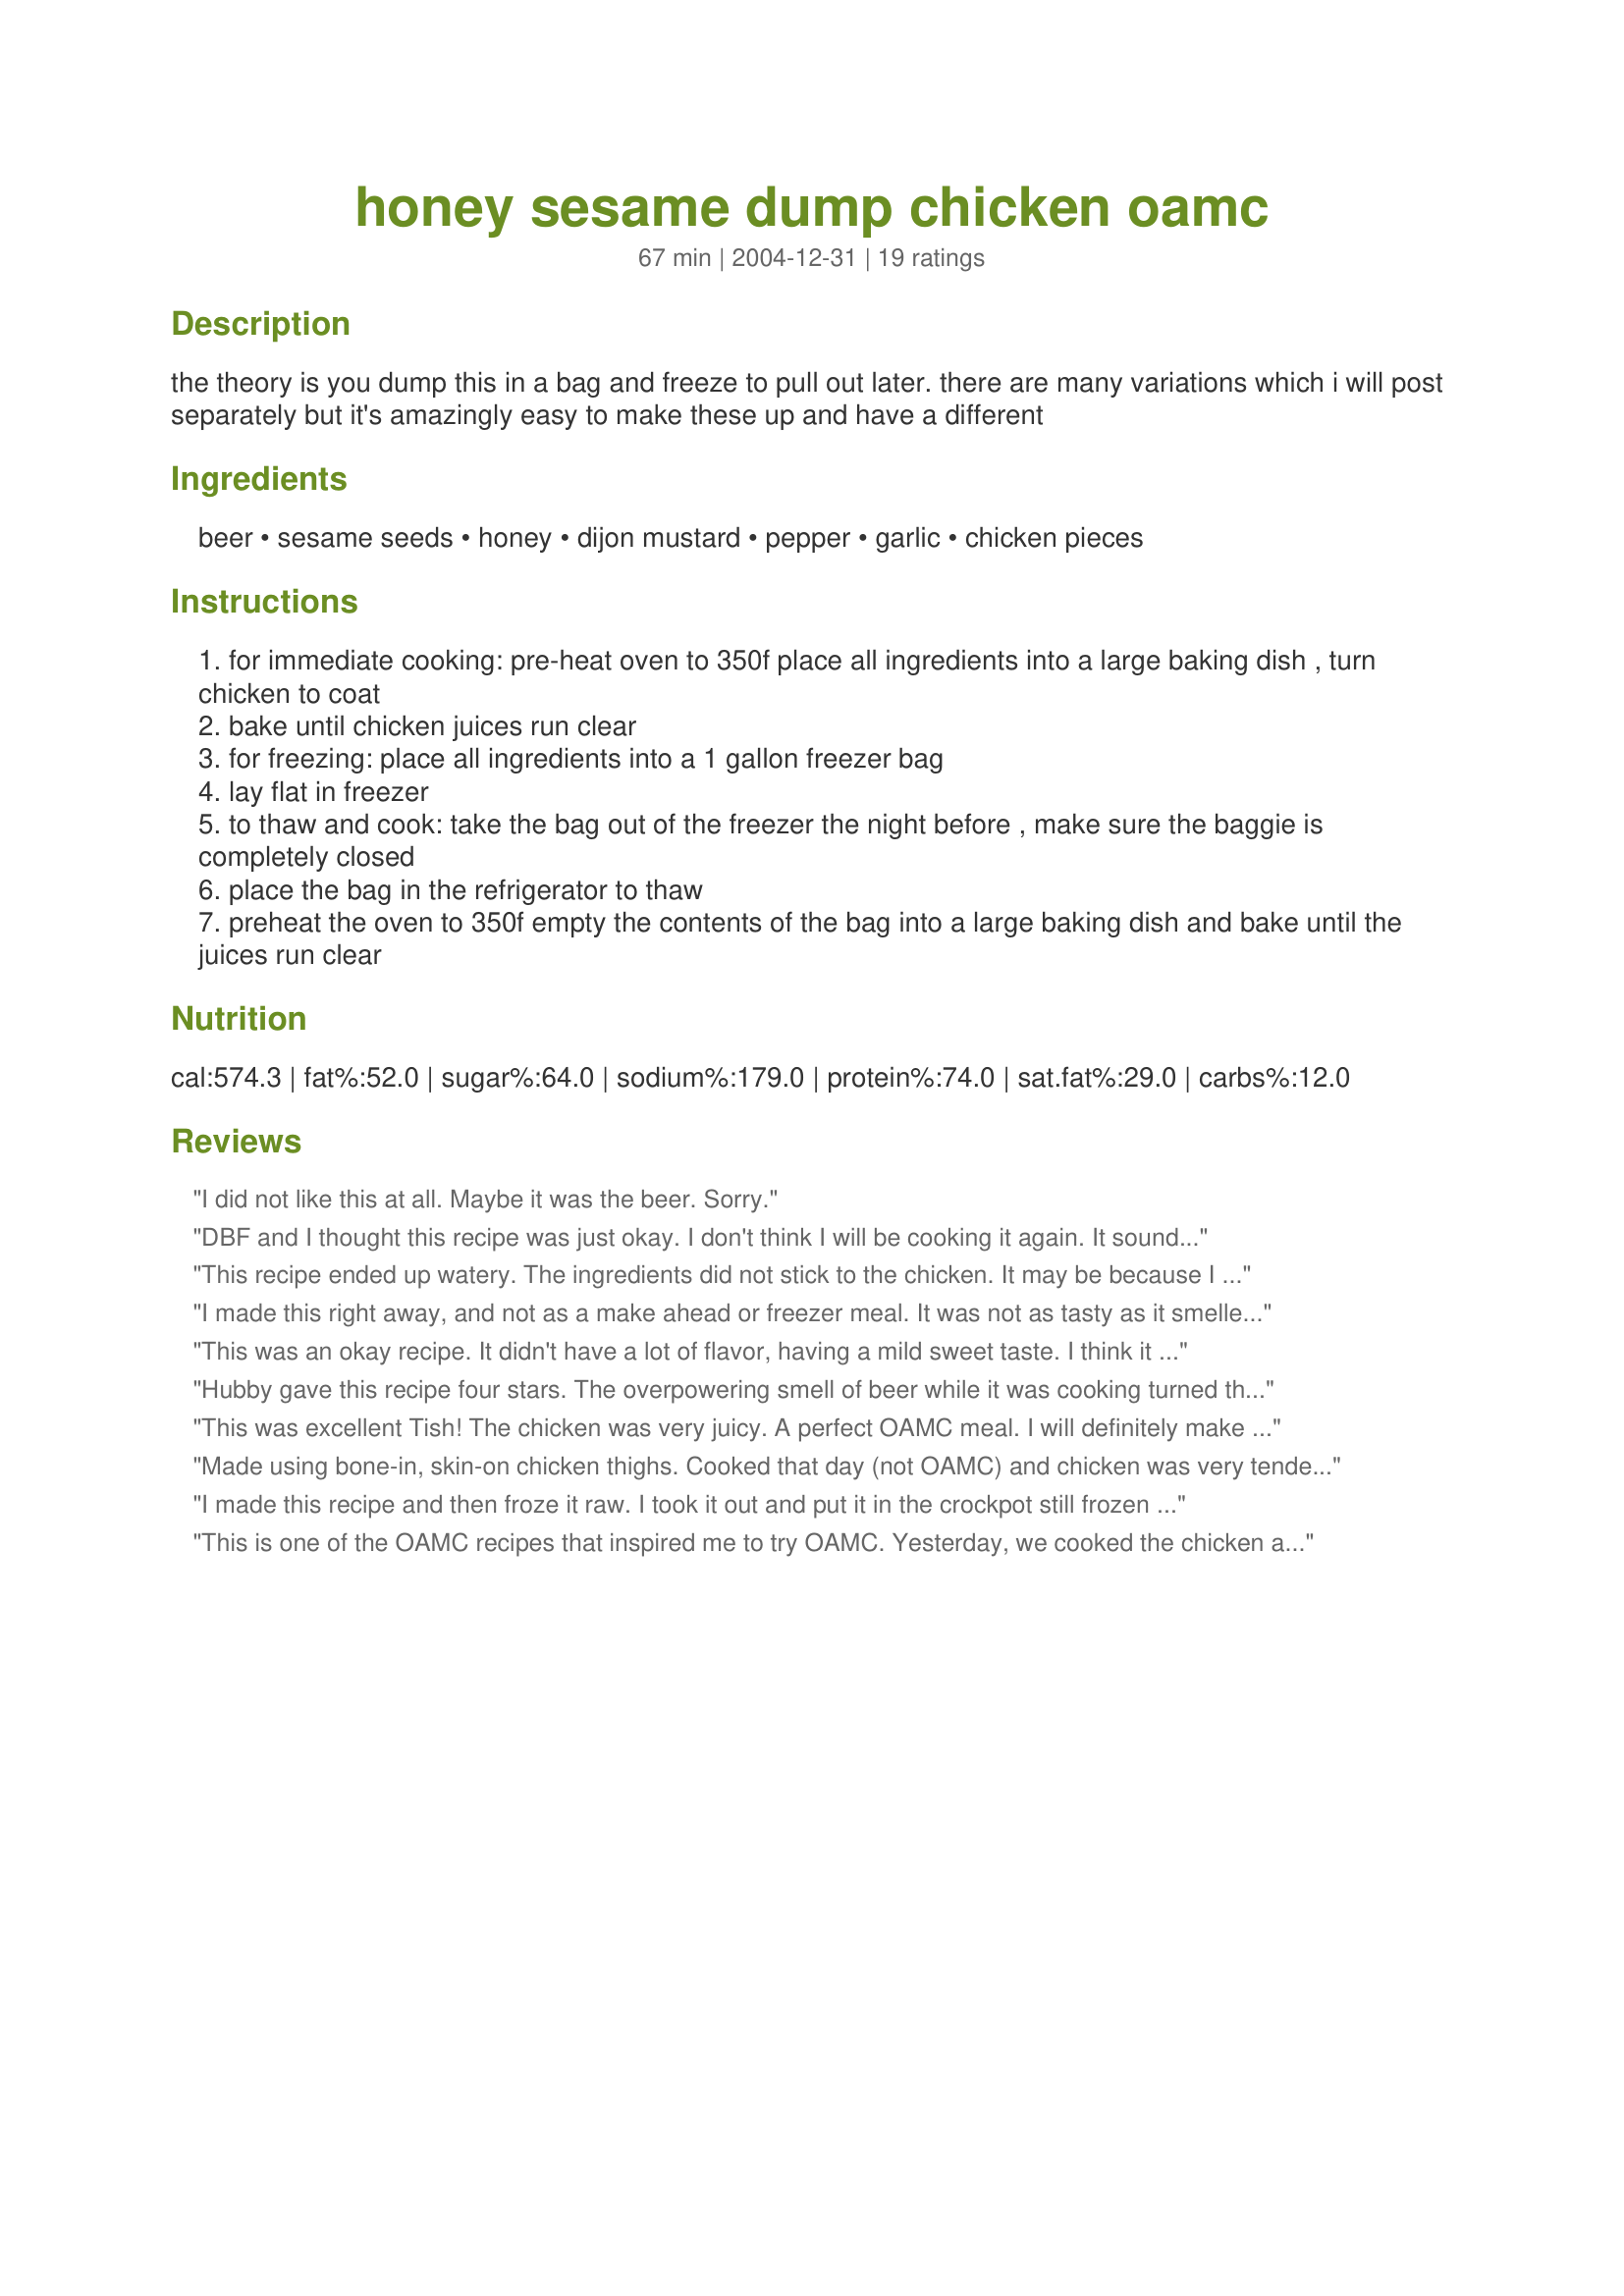
honey sesame dump chicken oamc
Preparation time: 67 minutes

the theory is you dump this in a bag and freeze to pull out later. there are many variations which i will post separately but it's amazingly easy to make these up and have a different

Ingredients:
beer, sesame seeds, honey, dijon mustard, pepper, garlic, chicken pieces

Steps:
for immediate cooking: pre-heat oven to 350f place all ingredients into a large baking dish , turn chicken to coat
bake until chicken juices run clear
for freezing: place all ingredients into a 1 gallon freezer bag
lay flat in freezer
to thaw and cook: take the bag out of the freezer the night before , make sure the baggie is completely closed
place the bag in the refrigerator to thaw
preheat the oven to 350f empty the contents of the bag into a large baking dish and bake until the juices run clear

Reviews:
I did not like this at all. Maybe it was the beer. Sorry.
DBF and I thought this recipe was just okay. I don't think I will be cooking it again. It sounded a lot better on paper than what it really tasted. I used chicken breast tenders and cook time was approximately 20 minutes.
This recipe ended up watery. The ingredients did not stick to the chicken. It may be because I didn't thoroughly pat dry my chicken pieces before adding them. The kids didn't like the flavor, but the adults thought it was ok.
I made this right away, and not as a make ahead or freezer meal. It was not as tasty as it smelled.
I cut up into big chunks.
Easy to make, but not a wow meal.
This was an okay recipe. It didn't have a lot of flavor, having a mild sweet taste. I think it actually would have been better to either marinade the chicken and grill or to drain and then sprinkle with the sesame seeds. It really needs to be paired with other dishes that have strong flavors as it can't really hold the meal on its own. I served with a boxed wild rice and steamed broccoli, so our meal ended up being a little bland. The dish is easy to make and fits well into an OAMC menu as it is simple to prepare on the initial cooking day as well as the serving day.
Hubby gave this recipe four stars. The overpowering smell of beer while it was cooking turned the rest of us off to even trying the recipe. Therefore, I rated this a "3." Perhaps the beer I used was too full bodied - Sam Adams. Maybe a light beer would give off less of an aroma?
This was excellent Tish! The chicken was very juicy. A perfect OAMC meal. I will definitely make it again. Thanks!
Made using bone-in, skin-on chicken thighs. Cooked that day (not OAMC) and chicken was very tender and had a delicious sauce to spoon over brown rice. Nice dinner.
I made this recipe and then froze it raw. I took it out and put it in the crockpot still frozen since I was running short on time. The flavor wasn't strong (I used Coors Light) but the chicken pieces were a little tough (blame the chef not the recipe). Since I didn't cook it the way as directed, I'll hold off on the rating, but I probably won't be doing this recipe again.
This is one of the OAMC recipes that inspired me to try OAMC. Yesterday, we cooked the chicken after it came out of our new deep freeze. It was worth the wait! We used leg quarters and served the leftover sauce over rice. My DH and I added a tiny bit of soy sauce to the rice, but this was a great recipe. If I could, I would give it a 10 star rating for ease of preparation! Thanks Tish!
The chicken stays very moist. Has good flavor. We froze these and used them later and they were good!
I have to say, my family was not thrilled with this chicken. I used boneless skinless chicken breasts, maybe that's why? I marinated it for a few hours before baking, and baked for 30 minutes. The chicken was soggy, and the sesame seeds did not brown like I had thought they should. The flavors sound good on paper, but prepared this way did not taste very good. Maybe if it was grilled or broiled instead of baked it would give a better flavor and coating.
This was lightly flavored when used as oamc
I used this recipe on Country Style Pork Ribs and it was awesome!
This is great! I've been wanting to make this for a long time, but never had the beer in the house. I did these OAMC-style, using Fat Tire beer (YUM!) and added a bit of sesame oil. Very good! Served it with twice-baked potatoes and some steamed broccolini. I'll make this again. Thanks Tish! :)
I too got this recipe from another site, then after I mixed it I thought it seemed odd. So I came here and read the reviews. So I doctored it up a bit... Added 1 tbls of Hoisen Sauce and cooked as directed. When the chicken was done I removed it from the thin sauce and browned it. Then deglazed the pan with white wine and added the sauce to thicken it. Added a bit of soy sauce, and it turned out great. My husband loved it. I thought the sesame seeds made it a bit bitter. Next time I would toast them first.
Good Recipe. Love the flavor. Cooked it in the crock pot for 4 hours. Thanks for a good recipe!!!
I prepared this per the recipe but used chicken breast chunks 3 or 4 weeks ago, thawed it and cooked it last night. Since it was a dump recipe, it was so easy. Like other reviewers, I found it to be a little watery. I plan to make it again but will cut down on the sesame seeds, add a little more honey and maybe a little less beer (altho we liked the beer flavor) to make the sauce stick to the chicken better. Since I used chicken chunks and probably will again, I might cook in the wok instead. That might bring out more of the sesame seed flavor. It is a perfect OMAC meal.
Excellent Tish!!!! So easy and very yummy. I had some chicken breasts already trimmed and frozen so I thawed them and covered them with the marinade...cooked for 30 minutes and they were done. So tasty and so easy. Next time I buy chicken I will marinate them in this and then freeze. 
BTW - this is the first time for ages that I've cooked a meal and my eldest "fussy" eater would eat it too.
